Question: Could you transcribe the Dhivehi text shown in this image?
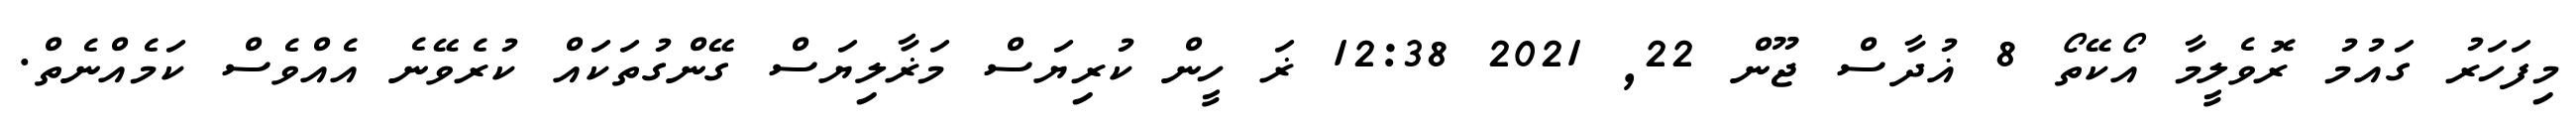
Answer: މިފަހަރު ގައުމު ރޮވެލީމާ އޯކޭތޯ 8 ޣުދާސް ޖޫން 22, 2021 12:38 ޜަ ހީން ކުރިޔަސް މަޜާލިޔަސް ގޭންގުތަކައް ކުރެވޭނެ އެއްވެސް ކަމެއްނެތް.